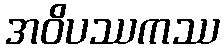
အဝိပဿကဿ